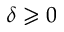
\delta \geqslant 0